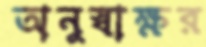
অনুস্বাক্ষর